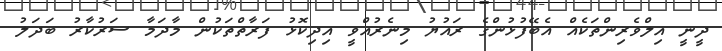
ދީނީ އިލްވެރިންތަކެއް އެބޭފުޅުންގެ ރައުޔު މިނެރުއްވީ އިދިކޮޅު ފަރާތްތަކުން މާދަމާ ސަރުކާރު ބަދަލު